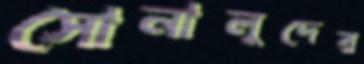
সোনালুদের